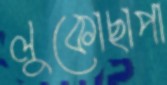
লুকোছাপা